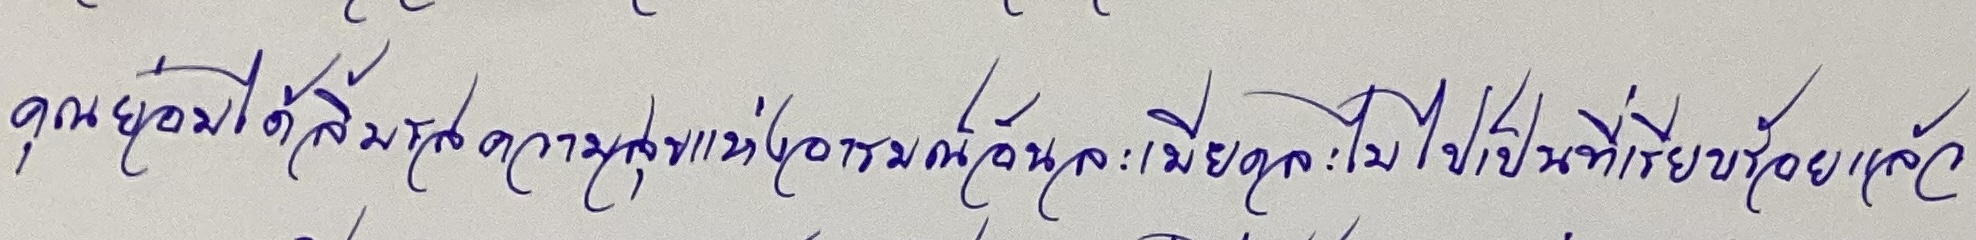
คุณย่อมได้ลิ้มรสความสุขแห่งอารมณ์อันละเมียดละไมไปเป็นที่เรียบร้อยแล้ว